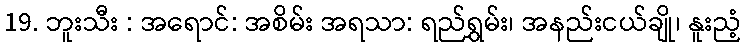
19. ဘူးသီး : အရောင်: အစိမ်း အရသာ: ရည်ရွှမ်း၊ အနည်းငယ်ချို၊ နူးညံ့